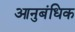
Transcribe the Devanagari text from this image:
आनुबंधिक